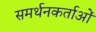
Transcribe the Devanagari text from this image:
समर्थनकर्ताओं